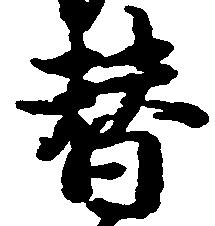
替